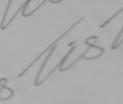
Signature authenticity: genuine